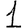
Digit: 1